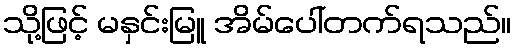
သို့ဖြင့် မနှင်းမြူ အိမ်ပေါ်တက်ရသည်။